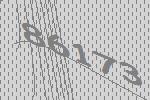
86173